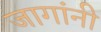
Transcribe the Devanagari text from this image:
जागांनी